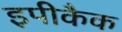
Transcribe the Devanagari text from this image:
इपीकैक